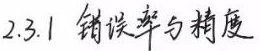
2.3.1 错误率与精度